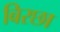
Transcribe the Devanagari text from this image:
बिरछा